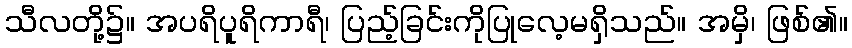
သီလတို့၌။ အပရိပူရိကာရီ၊ ပြည့်ခြင်းကိုပြုလေ့မရှိသည်။ အမှိ၊ ဖြစ်၏။